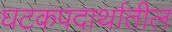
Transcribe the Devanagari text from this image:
घटकपदार्थातील